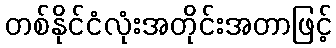
တစ်နိုင်ငံလုံးအတိုင်းအတာဖြင့်